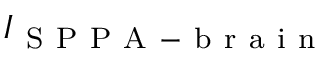
I _ { \mathrm { ~ S ~ P ~ P ~ A ~ - ~ b ~ r ~ a ~ i ~ n ~ } }